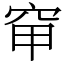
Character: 䆘